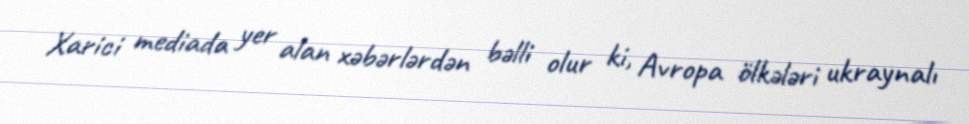
Xarici mediada yer alan xəbərlərdən bəlli olur ki, Avropa ölkələri ukraynalı